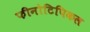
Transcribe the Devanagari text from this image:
फीनोटिपिकल